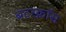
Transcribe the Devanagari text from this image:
बटरक्रॉस